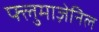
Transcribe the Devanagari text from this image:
फ्लुमाज़ेनिल